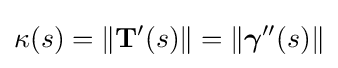
\kappa (s)=\|\mathbf {T} '(s)\|=\|{\boldsymbol {\gamma }}''(s)\|